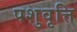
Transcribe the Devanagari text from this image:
पशुवृत्ति